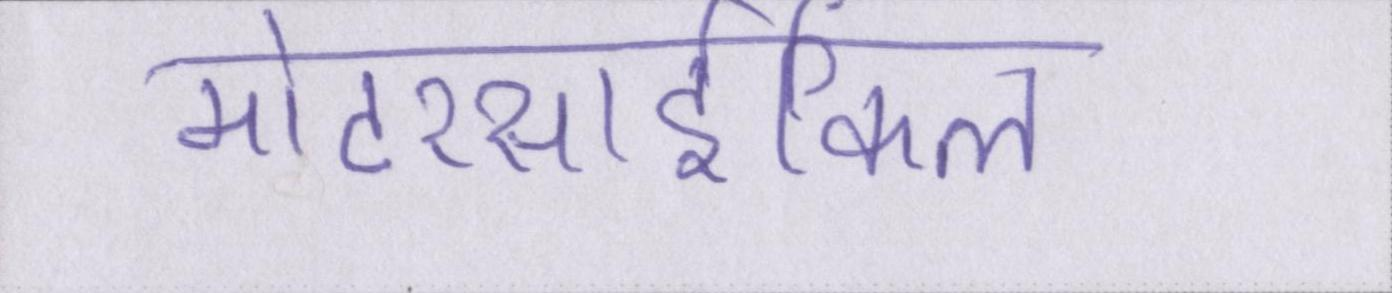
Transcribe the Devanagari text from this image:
मोटरसार्इकिल